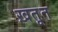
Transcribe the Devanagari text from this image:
ख़तूत